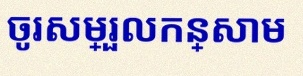
ចូរសម្រួលកន្សោម